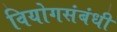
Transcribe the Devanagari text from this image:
वियोगसंबंधी